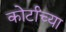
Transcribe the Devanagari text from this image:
कोर्टांच्या